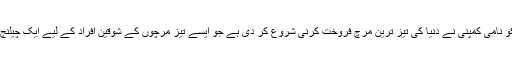
اب برطانوی ٹیسکو نامی کمپنی نے دنیا کی تیز ترین مرچ فروخت کرنی شروع کر دی ہے جو ایسے تیز مرچوں کے شوقین افراد کے لیے ایک چیلنج ثابت ہو رہی ہے۔